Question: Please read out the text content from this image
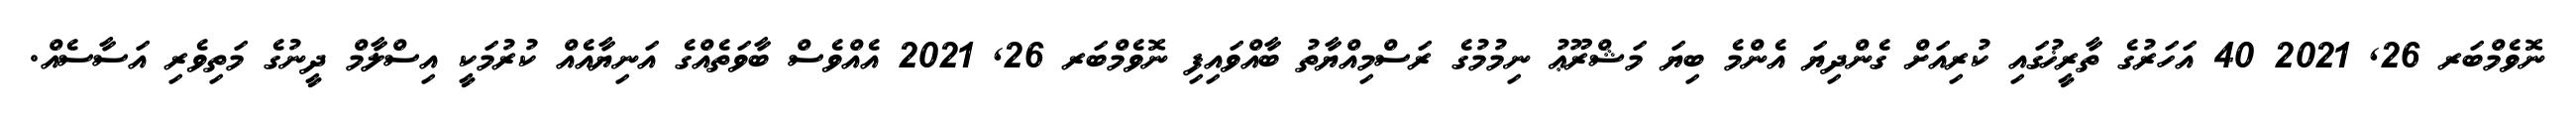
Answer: ނޮވެމްބަރ 26, 2021 40 އަހަރުގެ ތާރީޚުގައި ކުރިއަށް ގެންދިޔަ އެންމެ ބިޔަ މަޝްރޫޢު ނިމުމުގެ ރަސްމިއްޔާތު ބާއްވައިފި ނޮވެމްބަރ 26, 2021 އެއްވެސް ބާވަތެއްގެ އަނިޔާއެއް ކުރުމަކީ އިސްލާމް ދީނުގެ މަތިވެރި އަސާސެއް.